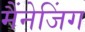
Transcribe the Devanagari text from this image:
मैंनेजिंग